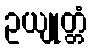
ဥယျုတ္တံ